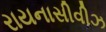
રાયનાસીવીઝ